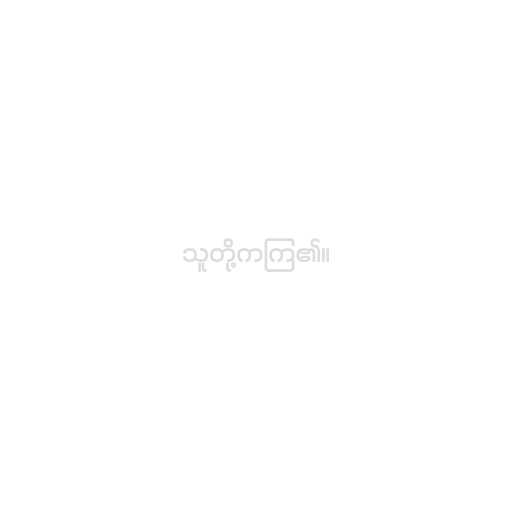
သူတို့ကကြ၏။